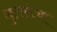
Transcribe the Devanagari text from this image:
लुटारूंचा